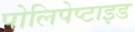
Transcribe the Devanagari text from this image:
पोलिपेप्टाइड